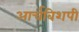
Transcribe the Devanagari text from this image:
आर्चबिशपी